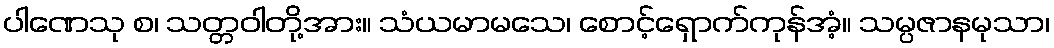
ပါဏေသု စ၊ သတ္တဝါတို့အား။ သံယမာမသေ၊ စောင့်ရှောက်ကုန်အံ့။ သမ္ပဇာနမုသာ၊